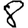
Digit: 8